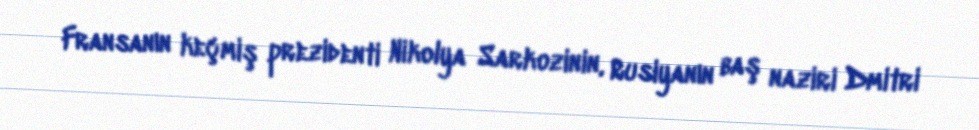
Fransanın keçmiş prezidenti Nikolya Sarkozinin, Rusiyanın baş naziri Dmitri